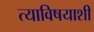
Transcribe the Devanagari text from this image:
त्याविषयाशी